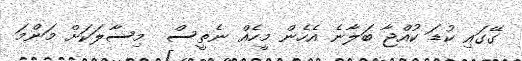
ގޭގައި ކުޑަ ކުއްޖާ ބަލާނެ އެހެން މީހެއް ނެތީސް  މިސާލަކަށް މަންމަ